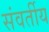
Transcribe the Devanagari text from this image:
संवर्तीय